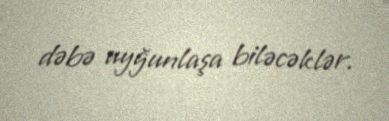
dəbə uyğunlaşa biləcəklər.